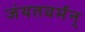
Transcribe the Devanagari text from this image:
जंयतवर्मन्